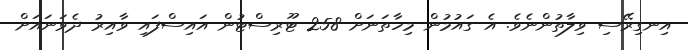
އިނގިރޭސި ވިލާތުންނެވެ. އެ ގައުމުން މިހާތަނަށް 258 ޓޫރިސްޓުން އައިސްފައި ވާއިރު ދެވަނައަށް